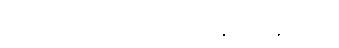
ခင်ဗျားတို့ ကော်မရှင် ပေးတာနည်းလွန်းတယ်။